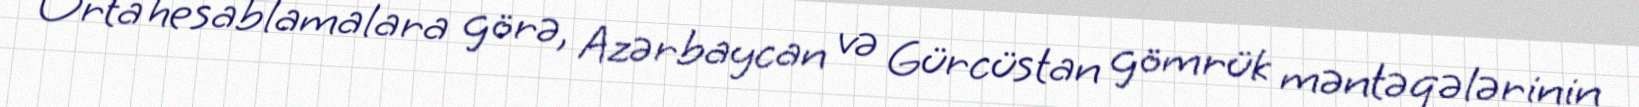
Orta hesablamalara görə, Azərbaycan və Gürcüstan gömrük məntəqələrinin